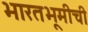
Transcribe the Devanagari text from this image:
भारतभूमीची